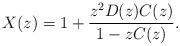
LaTeX: \begin{align*}X(z) =1+\frac{z^2D(z)C(z)}{1-zC(z)}.\end{align*}